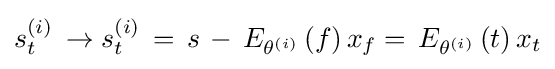
s_{t}^{\left(i\right)}\,\to s_{t}^{\left(i\right)}\,=\,s\,-\,E_{\theta ^{\left(i\right)}}\left(f\right)x_{f}=\,E_{\theta ^{\left(i\right)}}\left(t\right)x_{t}